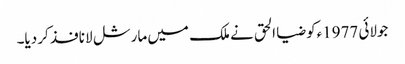
جولائی 1977ءکو ضیا الحق نے ملک میں مارشل لا نافذ کر دیا۔